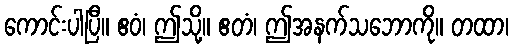
ကောင်းပါပြီ။ ဧဝံ၊ ဤသို့။ ဧတံ၊ ဤအနက်သဘောကို။ တထာ၊